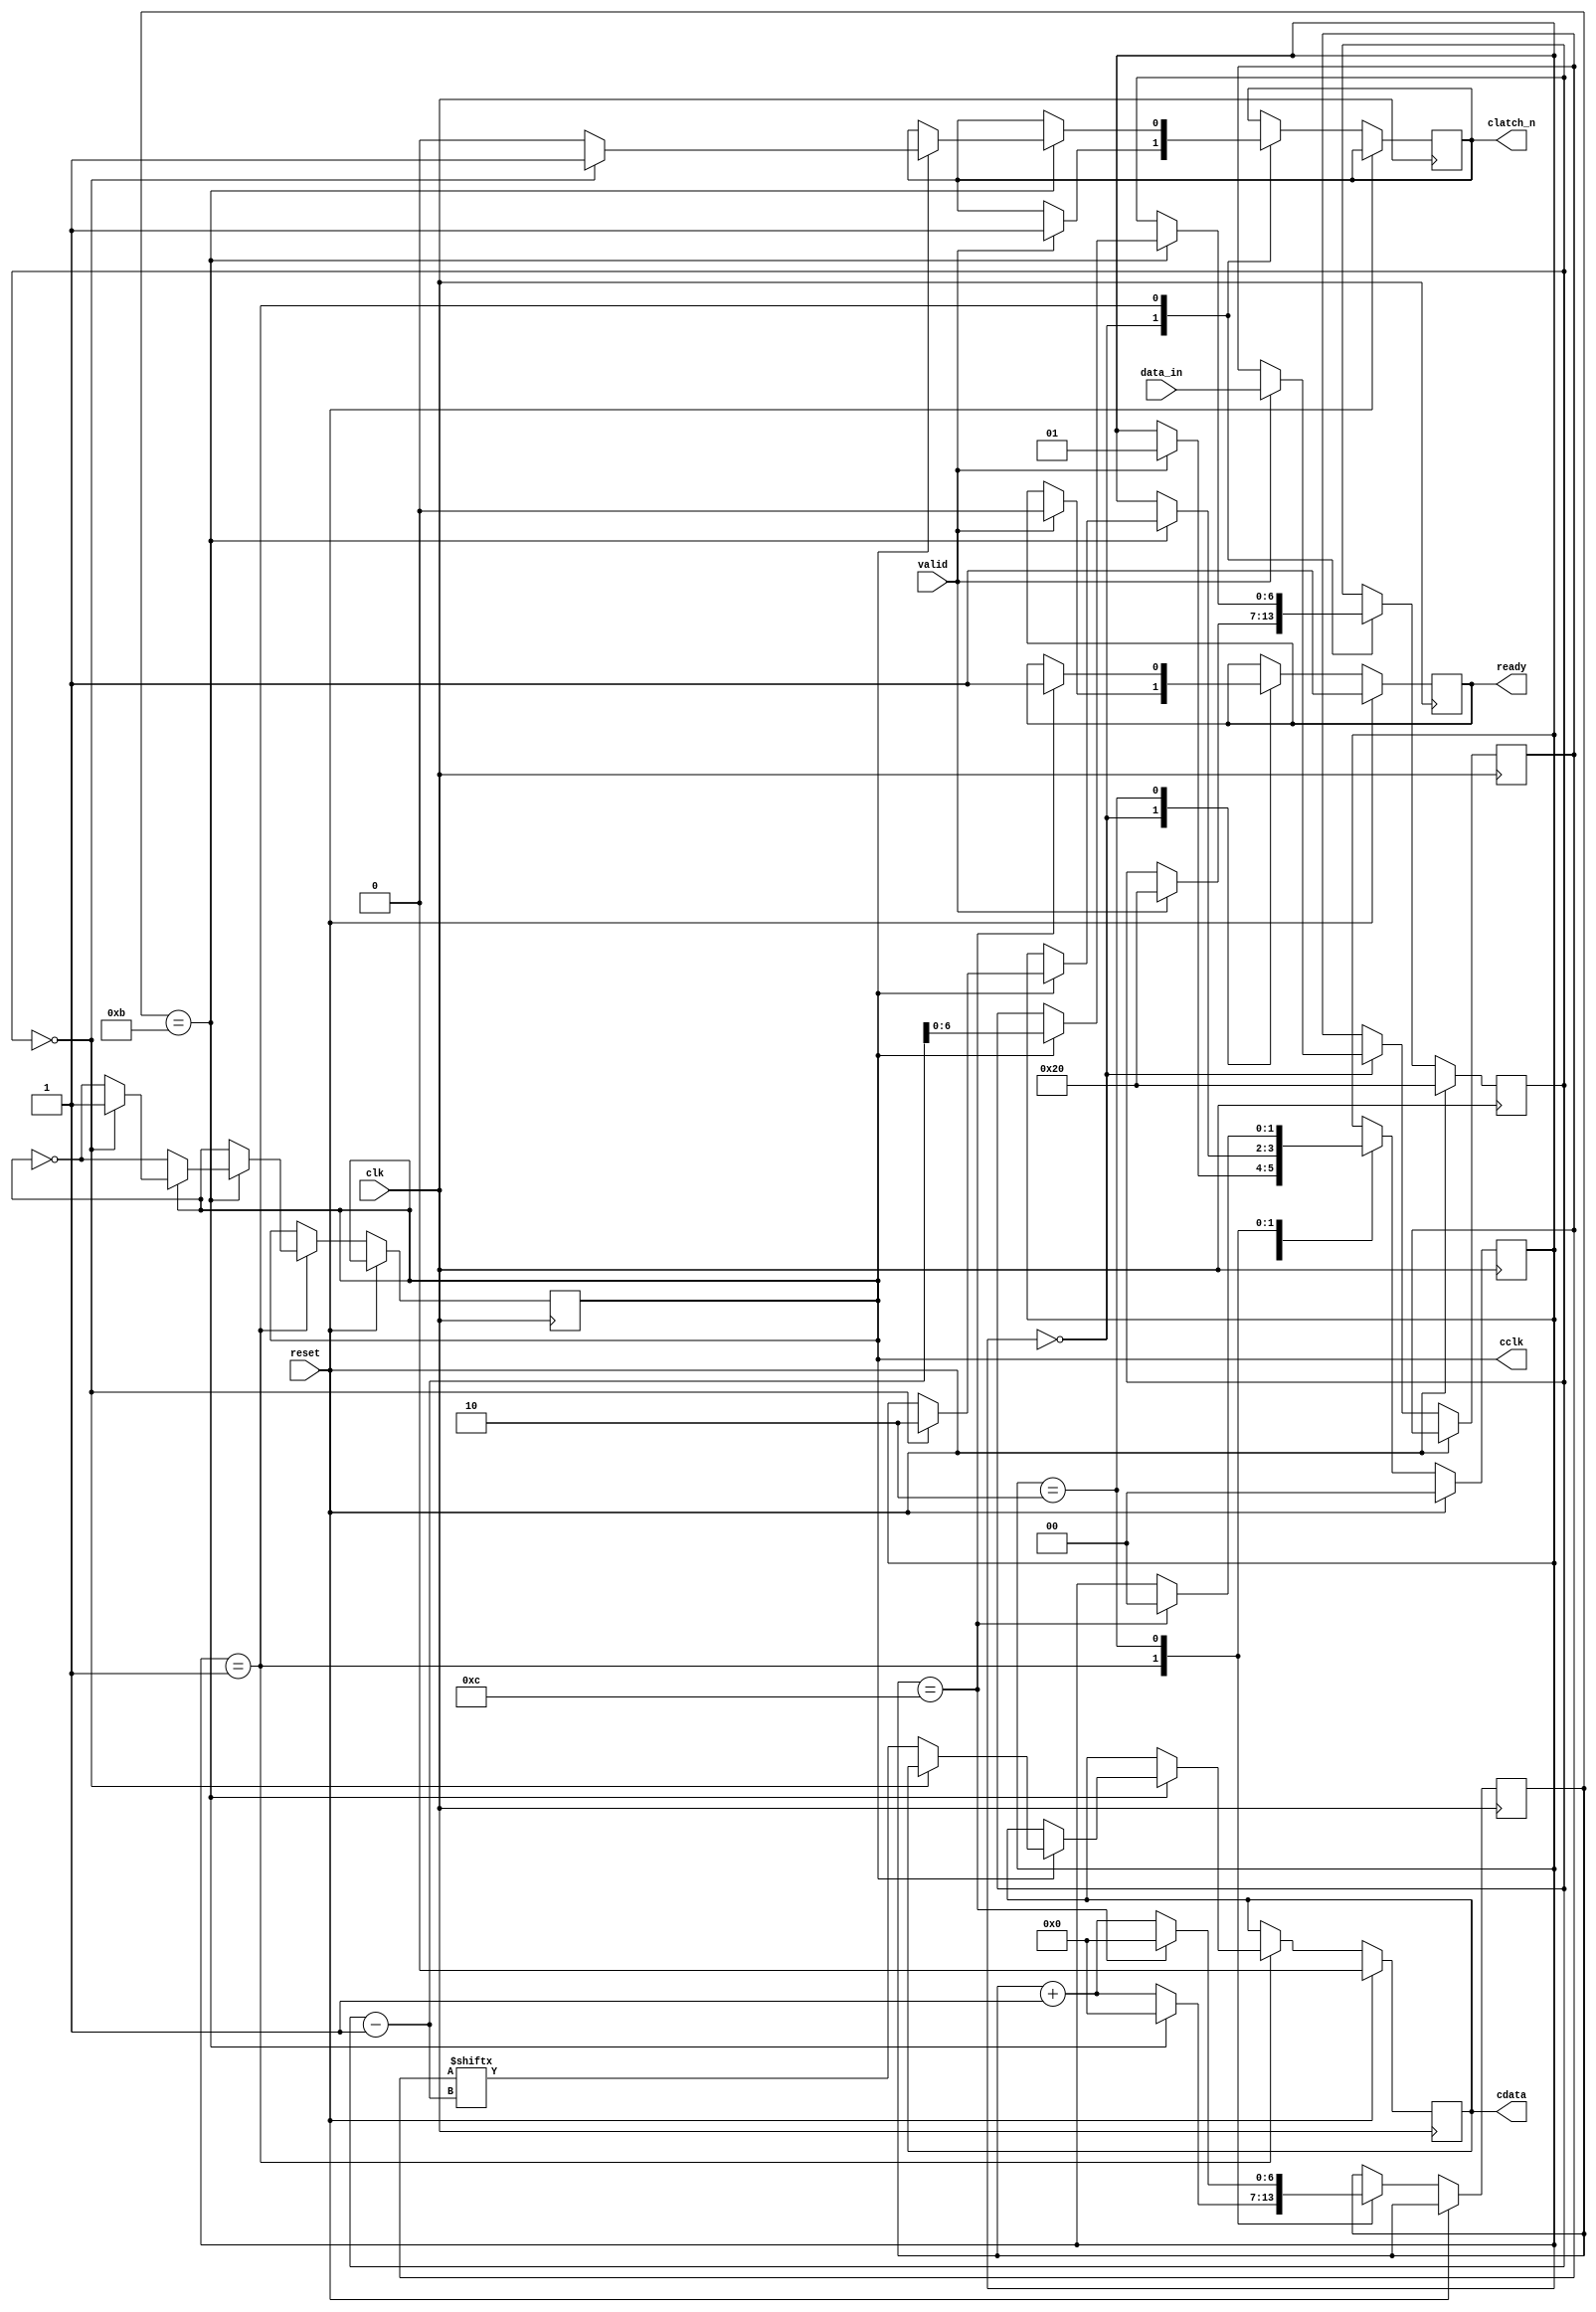
`timescale 1ns/1ps

module adau_spi_master(
        input clk,
        input reset,

        input [31:0] data_in,
        input valid,
        output reg ready,   //TO DO

        output reg cdata,
        output reg cclk = 1,  
        output reg clatch_n        
    );

    reg [6:0] clk_div = 0;
    reg [6:0] Bit_Counter = 7'b0011111;
    reg [31:0] temp_save_reg; //Zwischenspeicher
    reg cclk_counter;
    reg [1:0]state;
    
    localparam S_IDLE = 1'b0;
    localparam S_SEND_BIT = 1'b1;
    localparam S_CLATCH = 2'b10;

    
    // // CLOCK DIVIDER
    //             if(clk_div == 9)begin
    //                 clk_div <= 0; //1b`0
    //                 cclk <= ~cclk; // 1b`1
    //             end     
    //             else begin
    //                 clk_div <= clk_div + 1;
    //             end  

    // STATE MACHINE
    always @(posedge clk) begin
            if(reset == 1) begin
                ready <= 1; //ADDED
                state <= S_IDLE;
                //cclk <= 0;
                cclk_counter <= 0;
                Bit_Counter <= 32;
                cdata <= 0;
            end else begin
                case (state)        
                        S_IDLE: begin // input valid ready hier rein
                            //led <= 3'b010; // LED
                            if (valid == 1) begin
                                ready <= 0;
                                Bit_Counter <= 32;
                                state <= S_SEND_BIT;
                                temp_save_reg <= data_in;
                                clatch_n <= 1;
                            end
                        end
                        S_SEND_BIT: begin // ready und hier den clk divider
                            //cckl_counter
                                                        
                            if(clk_div == 11) begin 
                                clk_div <= 0; //1b`0
                                cclk <= ~cclk; // 1b`1
                                
                                if(cclk == 1) begin // should trigger at negative edge
                                    Bit_Counter <= Bit_Counter - 1;
                                    clatch_n <= 0;
                                    if (Bit_Counter == 0) begin
                                        state <= S_CLATCH;
                                        clatch_n <= 1;
                                        cclk <= 1;
                                        cclk_counter <= 0;
                                    end else begin
                                        cdata <= temp_save_reg[Bit_Counter - 1];  //zwischenspeicher verwenden
                                    end

                                end     
                            end     
                            else begin
                                clk_div <= clk_div + 1;
                            end 
                            //led <= 3'b100; // LED
                        end
                        S_CLATCH: begin // ready und hier den clk divider
                            //cckl_counter
                                                        
                            if(clk_div == 12) begin 
                                ready <= 1;
                                clk_div <= 0;
                                state <= S_IDLE; 
                            end     
                            else begin
                                clk_div <= clk_div + 1;
                            end 
                            
                            //led <= 3'b100; // LED
                        end 
                endcase
           end
    end
endmodule